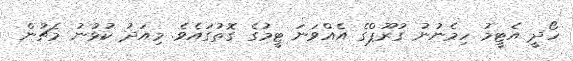
ހޯދީ އެޓީމު ހިމެނުނު ގުރޫޕްގެ އެއްވަނަ ޓީމުގެ ގޮތުގައެވެ. މިއަދު ކުޅުނު މެޗުން